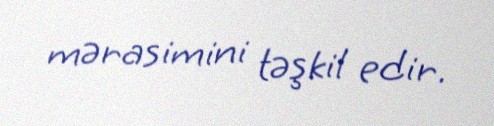
mərasimini təşkil edir.